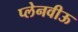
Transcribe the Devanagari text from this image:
प्लेनवीऊ